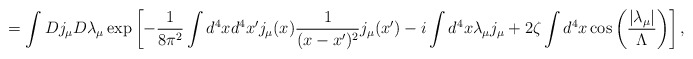
\begin{align*}=\int Dj_\mu D\lambda_\mu\exp\left[-\frac{1}{8\pi^2}\int d^4x d^4x' j_\mu(x)\frac{1}{(x-x')^2}j_\mu(x')-i\int d^4x \lambda_\mu j_\mu+2\zeta\int d^4x\cos\left(\frac{\left|\lambda_\mu\right|}{\Lambda}\right)\right],\end{align*}